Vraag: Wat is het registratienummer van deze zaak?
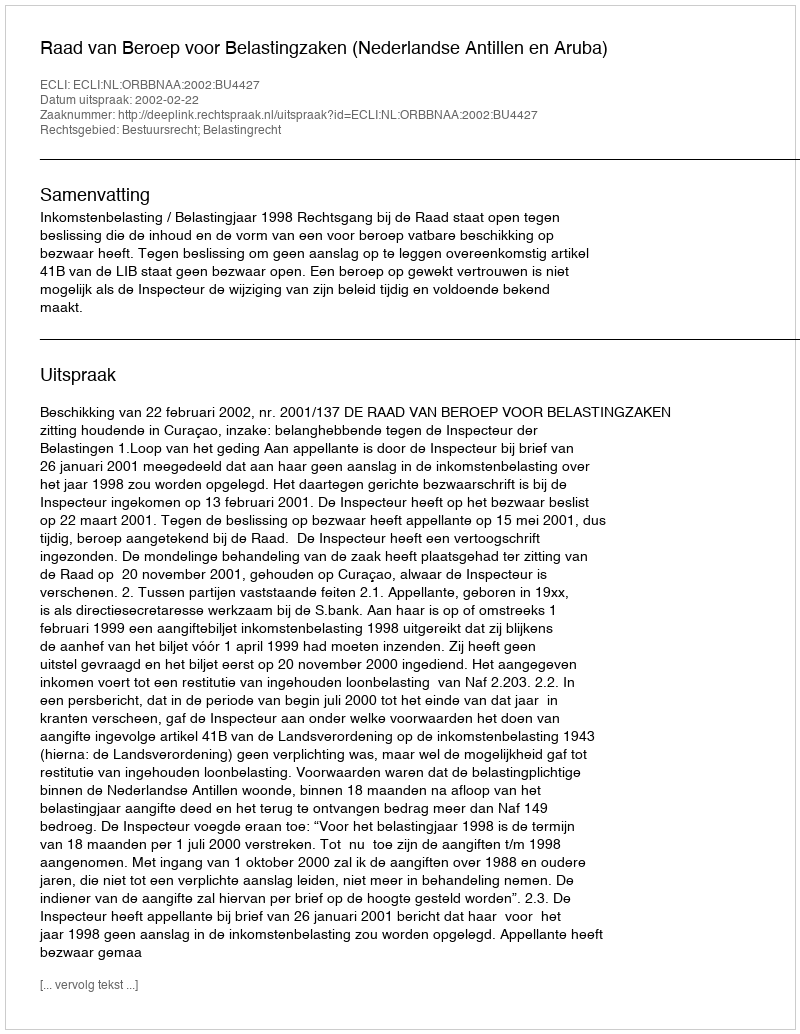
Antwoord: http://deeplink.rechtspraak.nl/uitspraak?id=ECLI:NL:ORBBNAA:2002:BU4427